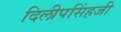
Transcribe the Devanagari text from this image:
दिलीपसिंहजी